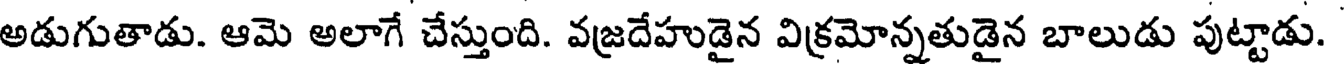
అడుగుతాడు. ఆమె అలాగే చేస్తుంది. వజ్రదేహుడైన విక్రమోన్నతుడైన బాలుడు పుట్టాడు.